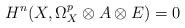
LaTeX: \begin{align*} H^n(X,\Omega^p_X\otimes A\otimes E)=0 \end{align*}